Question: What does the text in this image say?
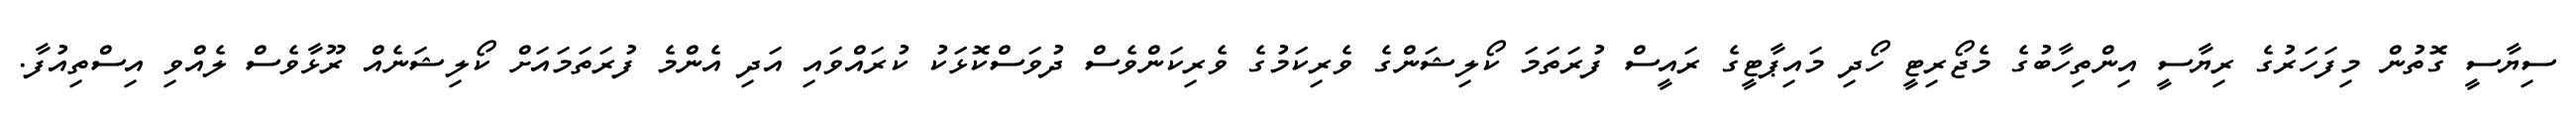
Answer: ސިޔާސީ ގޮތުން މިފަހަރުގެ ރިޔާސީ އިންތިހާބުގެ މެޖޯރިޓީ ހޯދި މައިޕާޓީގެ ރައީސް ފުރަތަމަ ކޯލިޝަންގެ ވެރިކަމުގެ ވެރިކަންވެސް ދުވަސްކޮޅަކު ކުރައްވައި އަދި އެންމެ ފުރަތަމައަށް ކޯލިޝަނެއް ރޫޅާވެސް ލެއްވި އިސްތިއުފާ.